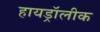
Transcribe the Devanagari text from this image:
हायड्रॉलीक